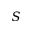
S